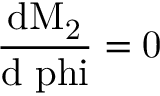
\mathrm { \frac { d M _ { 2 } } { d \ p h i } = 0 }